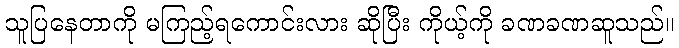
သူပြနေတာကို မကြည့်ရကောင်းလား ဆိုပြီး ကိုယ့်ကို ခဏခဏဆူသည်။